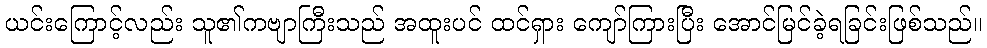
ယင်းကြောင့်လည်း သူ၏ကဗျာကြီးသည် အထူးပင် ထင်ရှား ကျော်ကြားပြီး အောင်မြင်ခဲ့ရခြင်းဖြစ်သည်။